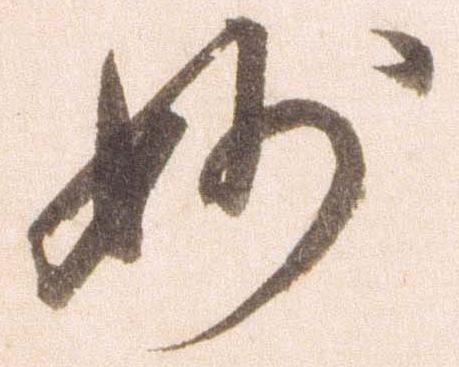
妙